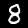
Label: 8